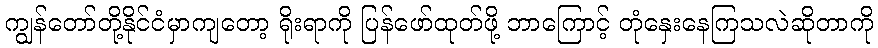
ကျွန်တော်တို့နိုင်ငံမှာကျတော့ ရိုးရာကို ပြန်ဖော်ထုတ်ဖို့ ဘာကြောင့် တုံနှေးနေကြသလဲဆိုတာကို